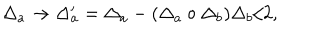
\Delta _ { a } \rightarrow \Delta _ { a } ^ { \prime } = \Delta _ { a } - ( \Delta _ { a } \circ \Delta _ { b } ) \Delta _ { b } / 2 ,